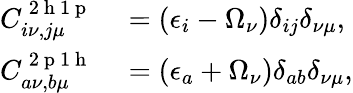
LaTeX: \begin{array}{rl}{C_{i\nu,j\mu}^{\mathrm{~2~h~1~p~}}}&{{}=\left(\epsilon_{i}-\Omega_{\nu}\right)\delta_{ij}\delta_{\nu\mu},}\\ {C_{a\nu,b\mu}^{\mathrm{~2~p~1~h~}}}&{{}=\left(\epsilon_{a}+\Omega_{\nu}\right)\delta_{ab}\delta_{\nu\mu},}\end{array}